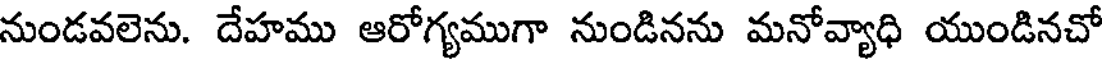
నుండవలెను. దేహము ఆరోగ్యముగా నుండినను మనోవ్యాధి యుండినచో